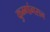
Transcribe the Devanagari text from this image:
कुम्गांगसन